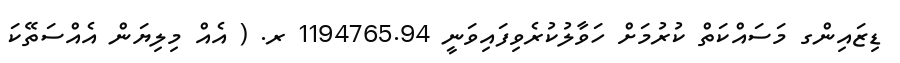
ޑިޒައިންގ މަސައްކަތް ކުރުމަށް ހަވާލުކުރެވިފައިވަނީ 1194765.94 ރ. ( އެއް މިލިޔަން އެއްސަތޭކަ